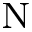
_ \mathrm { N }